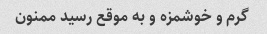
گرم و خوشمزه و به موقع رسید ممنون